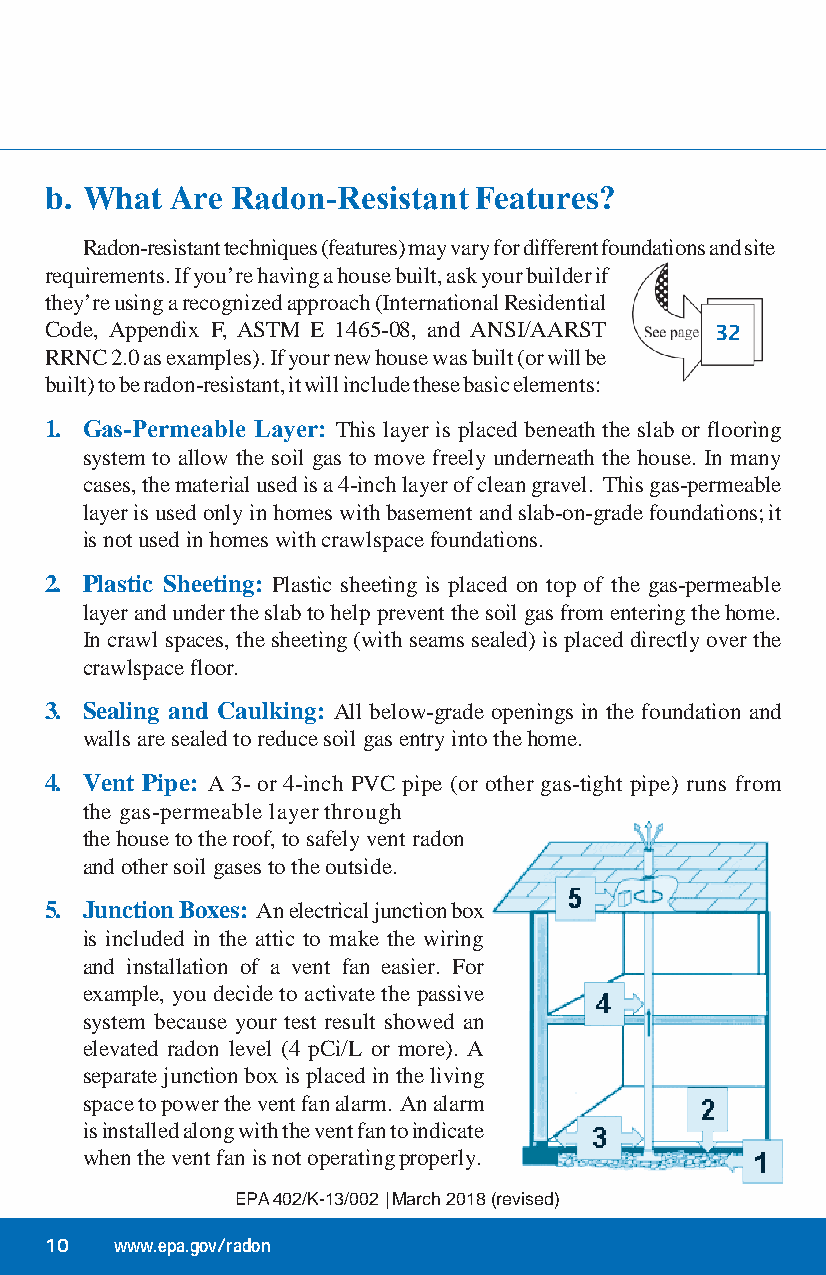
b. What Are Radon‑Resistant Features?
 Radon-resistant techniques (features) may vary for different foundations and site
 requirements. If you’re having a house built, ask your builder if
 they’re using a recognized approach (International Residential
 Code, Appendix F, ASTM E 1465-08, and ANSI/AARST 32
 RRNC 2.0 as examples). If your new house was built (or will be
 built) to be radon-resistant, it will include these basic elements:
 1. Gas‑Permeable Layer: This layer is placed beneath the slab or flooring
 system to allow the soil gas to move freely underneath the house. In many
 cases, the material used is a 4-inch layer of clean gravel. This gas-permeable
 layer is used only in homes with basement and slab-on-grade foundations; it
 is not used in homes with crawlspace foundations.
 2. Plastic Sheeting: Plastic sheeting is placed on top of the gas-permeable
 layer and under the slab to help prevent the soil gas from entering the home.
 In crawl spaces, the sheeting (with seams sealed) is placed directly over the
 crawlspace floor.
 3. Sealing and Caulking: All below-grade openings in the foundation and
 walls are sealed to reduce soil gas entry into the home.
 4. Vent Pipe: A 3- or 4-inch PVC pipe (or other gas-tight pipe) runs from
 the gas-permeable layer through
 the house to the roof, to safely vent radon
 and other soil gases to the outside.
 5. Junction Boxes: An electrical junction box
 is included in the attic to make the wiring
 and installation of a vent fan easier. For
 example, you decide to activate the passive
 system because your test result showed an
 elevated radon level (4 pCi/L or more). A
 separate junction box is placed in the living
 space to power the vent fan alarm. An alarm
 is installed along with the vent fan to indicate
 when the vent fan is not operating properly.
 EPA 402/K-13/002 | March 2018 (revised)
 10   www.epa.gov/radon